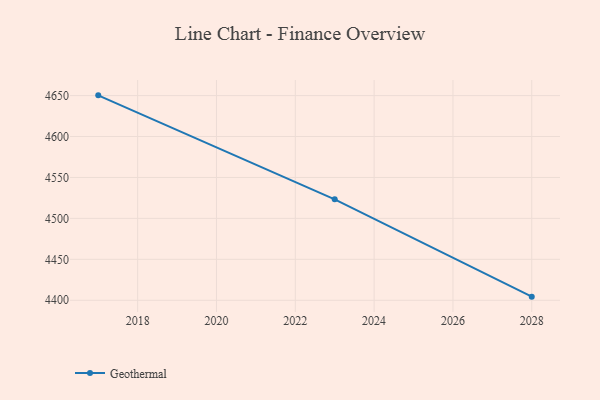
{"axis": {"x": "Year", "y": "Tickets Resolved"}, "legend": ["Geothermal"], "data": [{"x": "2028", "y": 4404.4, "type": "Geothermal"}, {"x": "2023", "y": 4523.3, "type": "Geothermal"}, {"x": "2017", "y": 4650.3, "type": "Geothermal"}]}